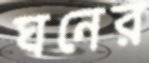
ঘনের